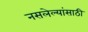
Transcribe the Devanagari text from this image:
नसलेल्यांसाठी